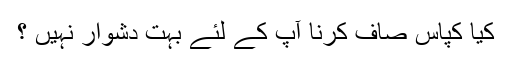
کیا کپاس صاف کرنا آپ کے لئے بہت دشوار نہیں ؟